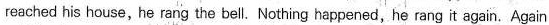
reached his house, he rang the bell.Nothing happened, he rang it again. Again